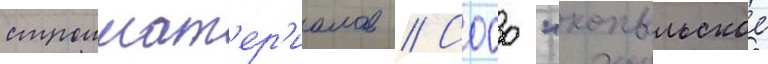
строимат'ер'иалов // Сооо "копыльское